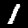
Digit: 1